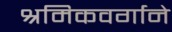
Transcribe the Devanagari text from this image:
श्रमिकवर्गाने